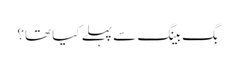
بگ بینگ سے پہلے کیا تھا؟